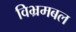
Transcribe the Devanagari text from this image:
विभ्रमबल